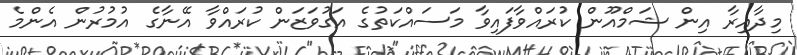
މިދާއިރާ އިން ޝަމްއޫން ކުރައްވާފައިވާ މަސައްކަތުގެ އަގުވަޒަން ކުރައްވާ އޭނާގެ އުމުރުން އެންމެ